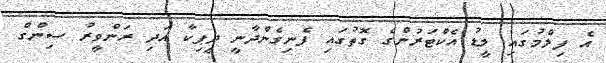
އެ ފިލްމުގައި ލީޑު އެކްޓަރުންގެ ގޮތުގައި ފެނިގެންދާނީ ދީޕިކާ އަދި ރަންވީރު ސިންގް